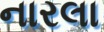
નારલા